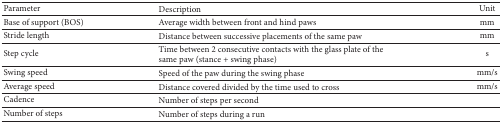
| Parameter | Description | Unit |
 | --- | --- | --- |
 | Base of support (BOS) | Average width between front and hind paws | mm |
 | Stride length | Distance between successive placements of the same paw | mm |
 | Step cycle | Time between 2 consecutive contacts with the glass plate of the same paw (stance + swing phase) | s |
 | Swing speed | Speed of the paw during the swing phase | mm/s |
 | Average speed | Distance covered divided by the time used to cross | mm/s |
 | Cadence | Number of steps per second |  |
 | Number of steps | Number of steps during a run |  |